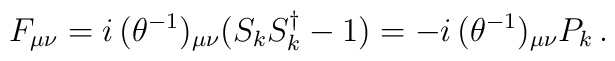
F_{\mu\nu}= i\,(\theta^{-1})_{\mu\nu}(S_kS_k^{\dagger}-1)= -i\,(\theta^{-1})_{\mu\nu}P_k\,.